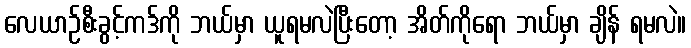
လေယာဉ်စီးခွင့်ကဒ်ကို ဘယ်မှာ ယူရမလဲပြီးတော့ အိတ်ကိုရော ဘယ်မှာ ချိန် ရမလဲ။